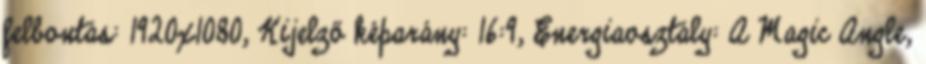
felbontás: 1920x1080, Kijelző képarány: 16:9, Energiaosztály: A Magic Angle,